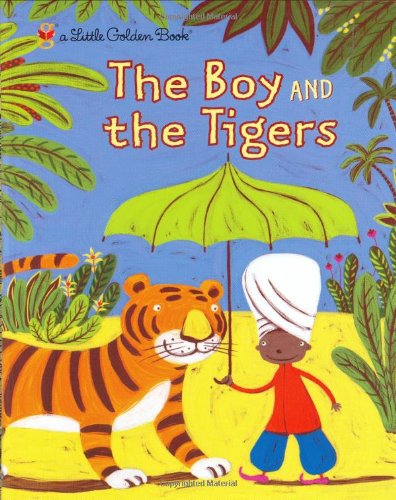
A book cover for The Boy and the Tigers (Little Golden Book); Helen Bannerman; Children's Books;